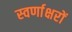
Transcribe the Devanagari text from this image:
स्‍वर्णाक्षरों